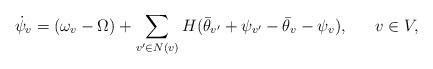
LaTeX: \begin{align*} \dot{\psi}_v = (\omega_v - \Omega) + \sum_{v' \in N(v)} H(\bar{\theta}_{v'} + \psi_{v'} - \bar{\theta}_{v} - \psi_{v}), \ \ \ \ \ v \in V,\end{align*}